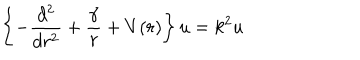
LaTeX: \left\{ - \frac { d ^ { 2 } } { d r ^ { 2 } } + \frac { \gamma } { r } + V ( r ) \right\} u = k ^ { 2 } u